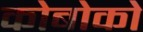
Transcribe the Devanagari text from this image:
कोबोको